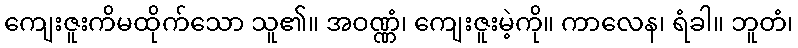
ကျေးဇူးကိမထိုက်သော သူ၏။ အဝဏ္ဏံ၊ ကျေးဇူးမဲ့ကို။ ကာလေန၊ ရံခါ။ ဘူတံ၊